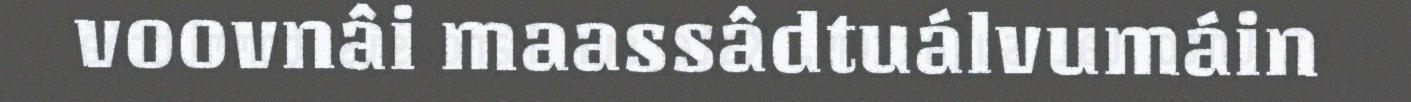
voovnâi maassâdtuálvumáin